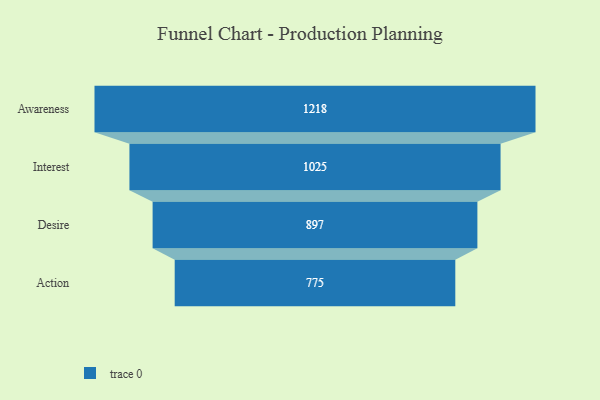
{"axis": {"x": "Stage", "y": "Value"}, "legend": [""], "data": [{"x": "Awareness", "y": 1218.0, "type": ""}, {"x": "Interest", "y": 1025.0, "type": ""}, {"x": "Desire", "y": 897.0, "type": ""}, {"x": "Action", "y": 775.0, "type": ""}]}